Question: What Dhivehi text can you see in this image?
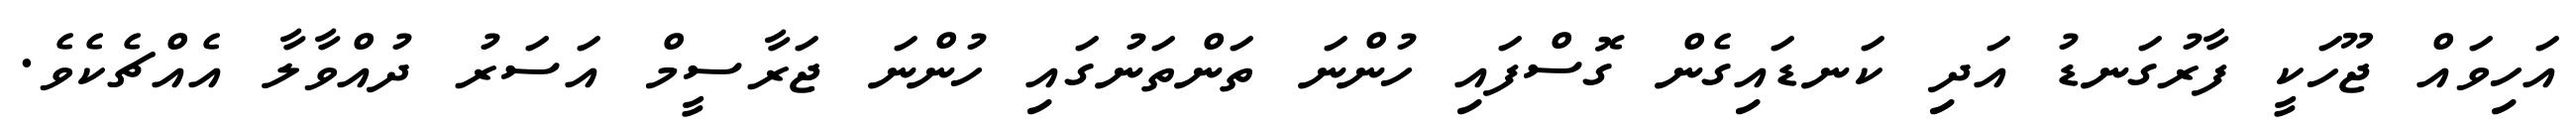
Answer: އަހިވައް ޖޫހަކީ ފާރުގަނޑު އަދި ކަނޑައިގެން ގޮސްފައި ހުންނަ ތަންތަނުގައި ހުންނަ ޖަރާސީމް އަސަރު ދުއްވާލާ އެއްޗެކެވެ.